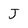
Character: J